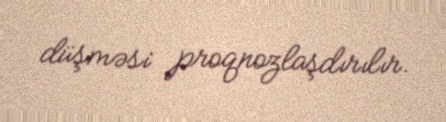
düşməsi proqnozlaşdırılır.